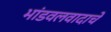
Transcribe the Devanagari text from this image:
भांडवलवादाचे